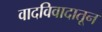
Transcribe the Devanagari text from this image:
वादविवादातून